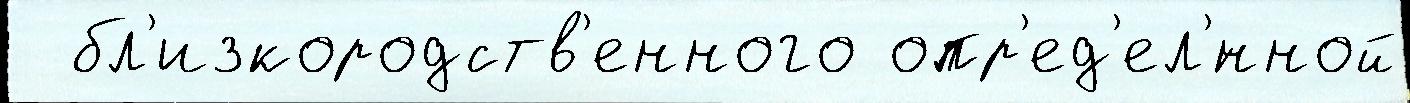
  бл'изкородств'енного опр'ед'ел'́нной